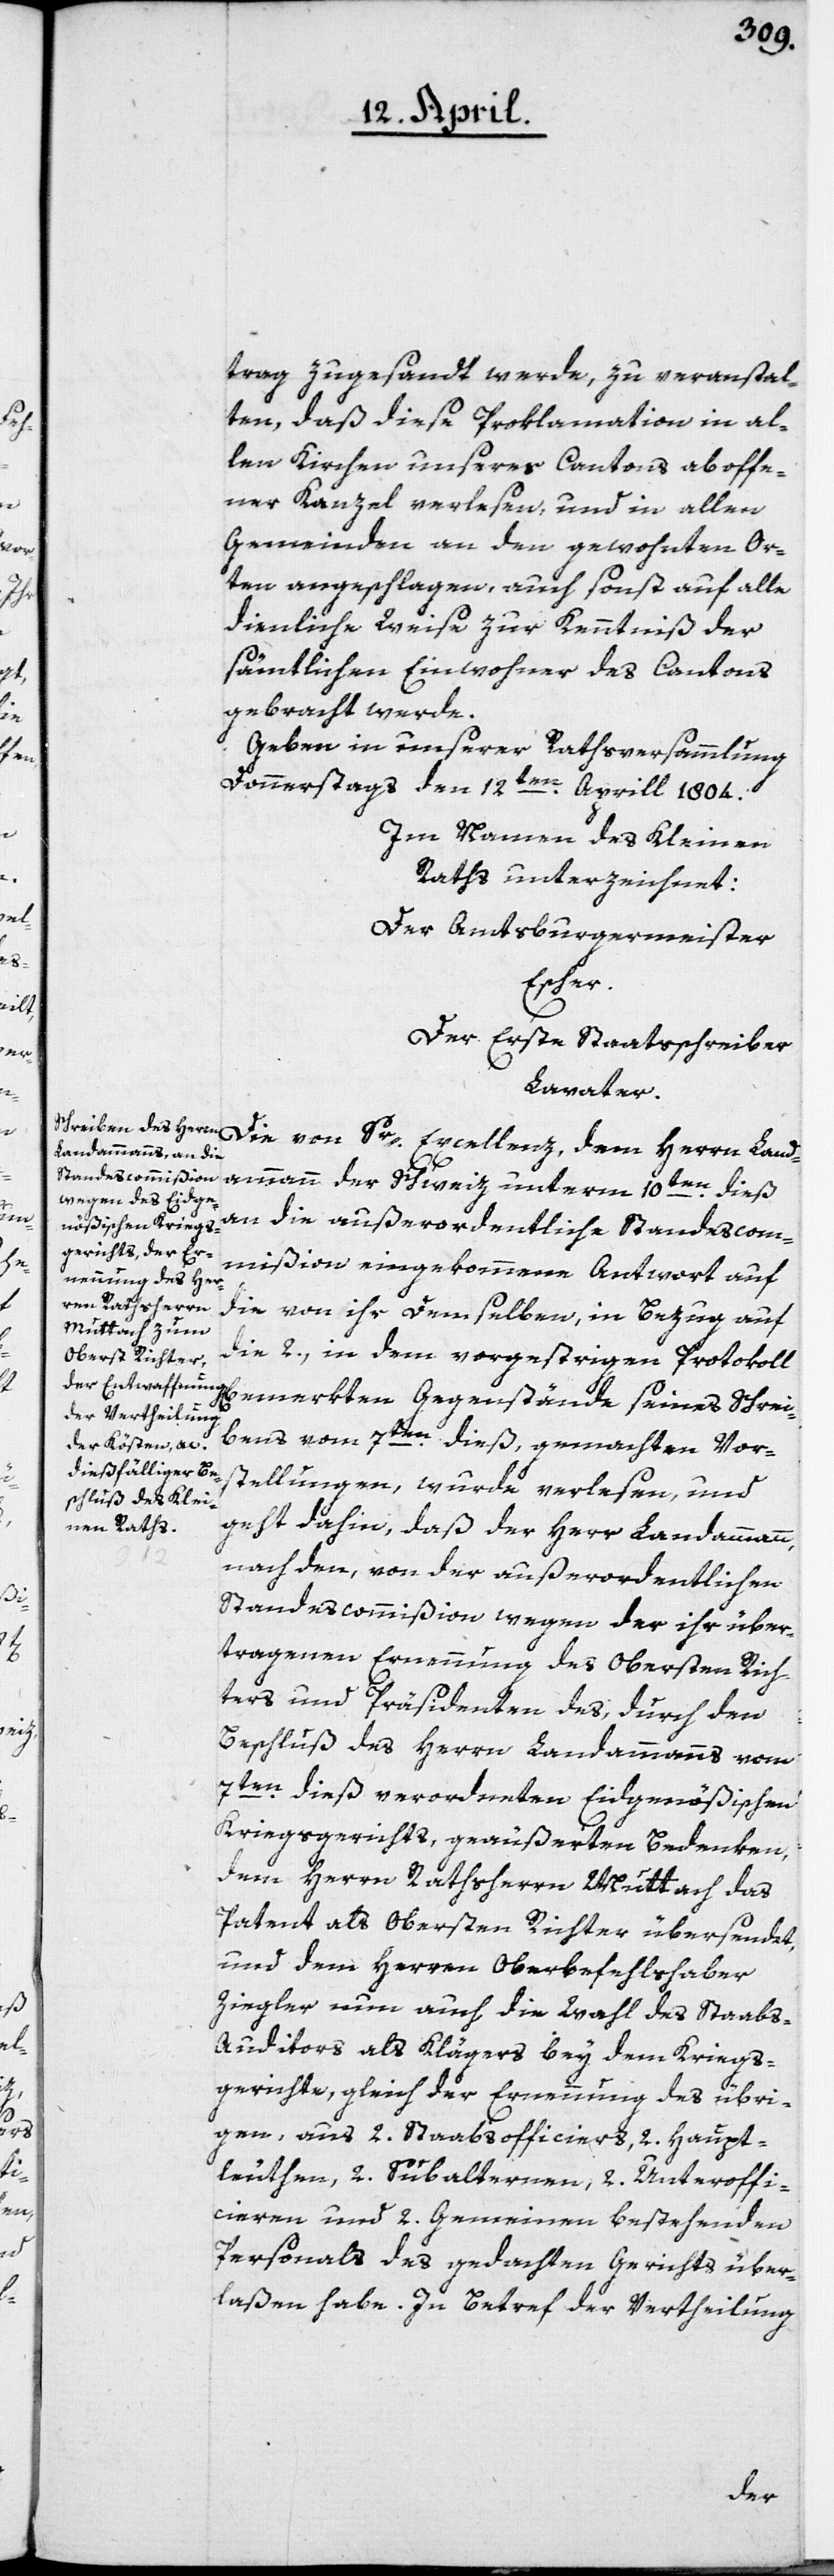
trag zugesandt werde, zu veranstal¬
ten, daß diese Proklamation in al¬
len Kirchen unseres Cantons ab offe¬
ner Kanzel verlesen, und in allen
Gemeinden an den gewohnten Or¬
ten angeschlagen, auch sonst auf alle
dienliche Weise zur Kenntniß der
sämtlichen Einwohner des Cantons
gebracht werde.
Geben in unserer Rathsversammlung,
Donnerstag den 12ten Aprill 1804.
Im Namen des Kleinen
Rahts unterzeichnet:
Der Amtsburgermeister
Escher.
Der erste Staatsschreiber
Lavater.
Die von Sr Excellenz dem Herrn Land¬
ammann der Schweiz unterm 10ten dieß
an die außerordentliche Standescom¬
mißion eingekommene Antwort auf
die von ihr demselben, in Bezug auf
die 2, in dem vorgestrigen Protokoll
bemerkten Gegenstände seines Schrei¬
bens vom 7ten dieß, gemachten Vor¬
stellungen, wurde verlesen, und
geht dahin, daß der Herr Landammann
nach den, von der außerordentlichen
Standescommißion wegen der ihr über¬
tragenen Ernennung des Obersten Rich¬
ters und Präsidenten des, durch den
Beschluß des Herrn Landammanns vom
7ten dieß verordneten Eidgenößischen
Kriegsgerichts, geäußerten Bedenken,
dem Herrn Rathsherrn Muttach das
Patent als Obersten Richter übersendet,
und dem Herren Oberbefehlshaber
Ziegler nun auch die Wahl des Staabs-A¬
uditors als Klägers bey dem Kriegs¬
gerichte, gleich der Ernennung des übri¬
gen, aus 2. Staabsofficiers, 2. Haupt¬
leuthen, 2. Subalternen, 2. Unteroffi¬
cieren und 2. Gemeinen bestehenden
Personals des gedachten Gerichts über¬
laßen habe. In Betreff der Vertheilung